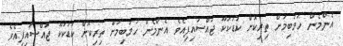
އެންމެން ހަމަބިމަށް ތިރިކޮށް ކުޑަކަކޫ ޖައްސައިފިއެވެ އެންމެން ހަމަބިމަށް ތިރިކޮށް ކުޑަކަކޫ ޖައްސައިފިއެވެ